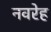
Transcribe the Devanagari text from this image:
नवरेह